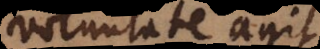
voluntate agit,